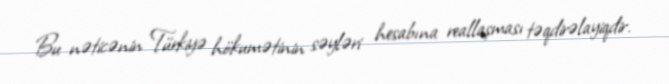
Bu nəticənin Türkiyə hökumətinin səyləri hesabına reallaşması təqdirəlayiqdir.